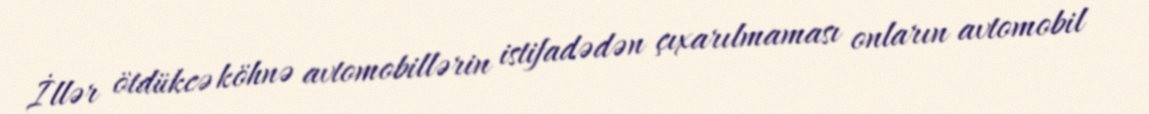
İllər ötdükcə köhnə avtomobillərin istifadədən çıxarılmaması onların avtomobil